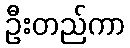
ဦးတည်ကာ